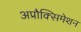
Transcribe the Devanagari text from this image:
अप्रौक्सिमेशन